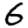
Digit: 6